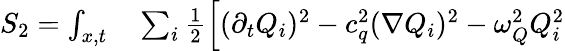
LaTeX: \begin{array}{rl}{S_{2}=\int_{x,t}}&{{}\sum_{i}\frac{1}{2}\left[(\partial_{t}Q_{i})^{2}-c_{q}^{2}(\nabla Q_{i})^{2}-\omega_{Q}^{2}Q_{i}^{2}\right.}\end{array}